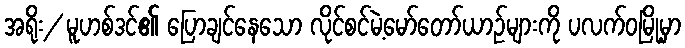
အရိုး/ မူဟစ်ဒင်၏ ပြောချင်နေသော လိုင်စင်မဲ့မော်တော်ယာဉ်များကို ပလက်ဝမြို့မှာ